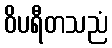
ဝိပရီတသညံ